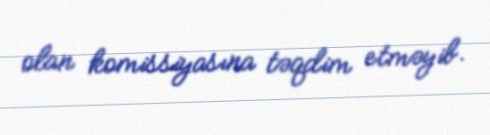
olan komissiyasına təqdim etməyib.